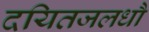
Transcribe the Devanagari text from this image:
दयितजलधौ